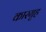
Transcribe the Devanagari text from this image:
कारगृह